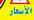
الأسعار